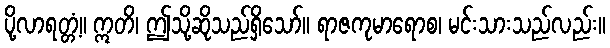
ပို့လာရတ္တံ့။ ဣတိ၊ ဤသို့ဆိုသည်ရှိသော်။ ရာဇကုမာရောစ၊ မင်းသားသည်လည်း။